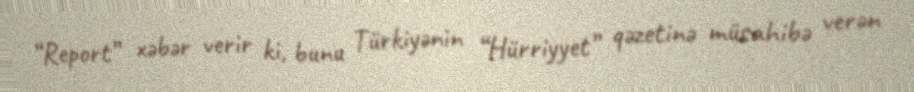
“Report” xəbər verir ki, bunu Türkiyənin “Hürriyyet” qəzetinə müsahibə verən